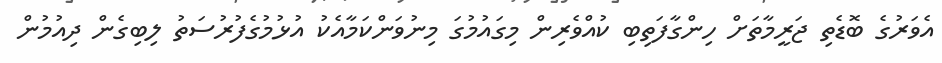
އެވަރުގެ ބޮޑެތި ޖަރީމާތަށް ހިންގާފަތިބި ކުއްވެރިން މިގައުމުގަ މިނުވަންކަމާއެކު އުޅުމުގެފުރުސަތު ލިބިގެން ދިއުމުން